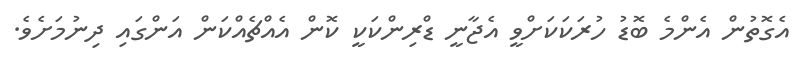
އެގޮތުން އެންމެ ބޮޑު ހުރަކަކަށްވީ އެޖާނީ ޑްރިންކަކީ ކޮން އެއްޗެއްކަން އަންގައި ދިނުމަށެވެ.